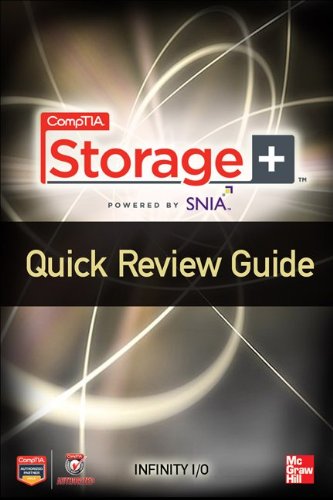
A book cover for CompTIA Storage+ Quick Review Guide; Eric Vanderburg; Computers & Technology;